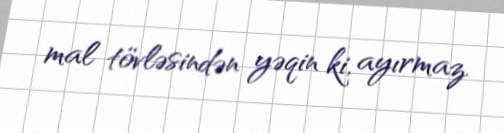
mal tövləsindən yəqin ki, ayırmaz.